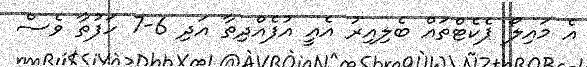
އެ މައިލޯ ޕެކެޓްތައް ބެލިއިރު އެއީ އުފެއްދިތާ އަދި 6-7 ހަފުތާ ވެސް